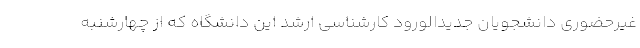
غیرحضوری دانشجویان جدیدالورود کارشناسی ارشد این دانشگاه که از چهارشنبه